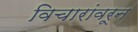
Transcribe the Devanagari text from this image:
विचारांवरून